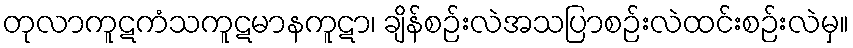
တုလာကူဋကံသကူဋမာနကူဋာ၊ ချိန်စဉ်းလဲအသပြာစဉ်းလဲထင်းစဉ်းလဲမှ။